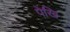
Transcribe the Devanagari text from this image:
पेखि